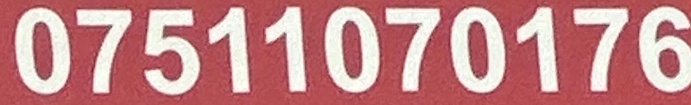
07511070176